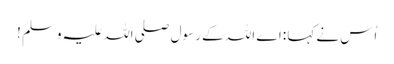
اُس نےکہا :اے اللہ کے رسول صلی اللہ علیہ وسلم !